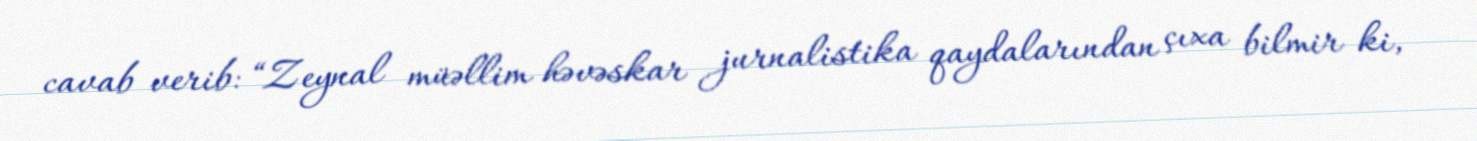
cavab verib: “Zeynal müəllim həvəskar jurnalistika qaydalarından çıxa bilmir ki,